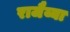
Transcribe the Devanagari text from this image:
राजैय्या